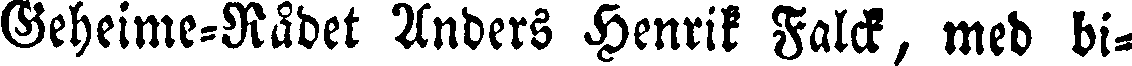
Geheime-Rådet Anders Henrik Falck, med bi-